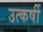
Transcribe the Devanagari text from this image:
उत्कर्षी